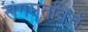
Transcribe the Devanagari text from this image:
संगमतविर्त्त